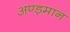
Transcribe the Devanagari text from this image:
अण्ड़मान